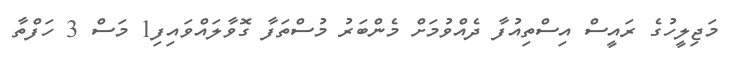
މަޖިލީހުގެ ރައީސް އިސްތިއުފާ ދެއްވުމަށް މެންބަރު މުސްތަފާ ގޮވާލައްވައިފި1 މަސް 3 ހަފްތާ